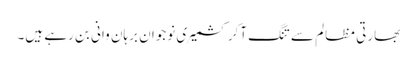
بھارتی مظالم سے تنگ آکر کشمیری نوجوان برہان وانی بن رہے ہیں۔